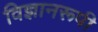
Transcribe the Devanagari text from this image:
विज्ञानरूपी